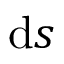
\operatorname { d } \! s